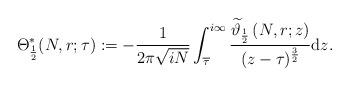
LaTeX: \begin{align*}\Theta_{\frac12}^*(N,r;\tau):=-\frac1{2\pi\sqrt{iN}}\int_{\overline{\tau}}^{i\infty}\frac{\widetilde{\vartheta}_{\frac12}\left(N,r;z\right)}{(z-\tau)^{\frac32}}\mathrm dz. \end{align*}